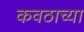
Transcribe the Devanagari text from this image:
कवठाच्या